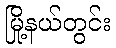
မြို့နယ်တွင်း